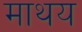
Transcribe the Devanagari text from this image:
माथय